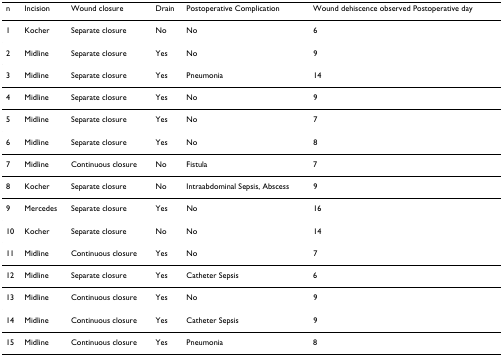
| n | Incision | Wound closure | Drain | Postoperative Complication | Wound dehiscence observed Postoperative day |
 | --- | --- | --- | --- | --- | --- |
 | 1 | Kocher | Separate closure | No | No | 6 |
 | 2 | Midline | Separate closure | Yes | No | 9 |
 | 3 | Midline | Separate closure | Yes | Pneumonia | 14 |
 | 4 | Midline | Separate closure | Yes | No | 9 |
 | 5 | Midline | Separate closure | Yes | No | 7 |
 | 6 | Midline | Separate closure | Yes | No | 8 |
 | 7 | Midline | Continuous closure | No | Fistula | 7 |
 | 8 | Kocher | Separate closure | No | Intraabdominal Sepsis, Abscess | 9 |
 | 9 | Mercedes | Separate closure | Yes | No | 16 |
 | 10 | Kocher | Separate closure | No | No | 14 |
 | 11 | Midline | Continuous closure | Yes | No | 7 |
 | 12 | Midline | Separate closure | Yes | Catheter Sepsis | 6 |
 | 13 | Midline | Continuous closure | Yes | No | 9 |
 | 14 | Midline | Continuous closure | Yes | Catheter Sepsis | 9 |
 | 15 | Midline | Continuous closure | Yes | Pneumonia | 8 |